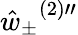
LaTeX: {\hat{w}_{\pm}}^{(2)\prime\prime}